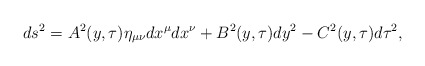
\begin{align*}ds^{2}=A^{2}(y,\tau )\eta _{\mu \nu }dx^{\mu }dx^{\nu }+B^{2}(y,\tau)dy^{2}-C^{2}(y,\tau )d\tau ^{2}, \end{align*}